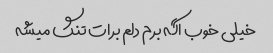
خیلی خوب اگه برم دلم برات تنگ میشه